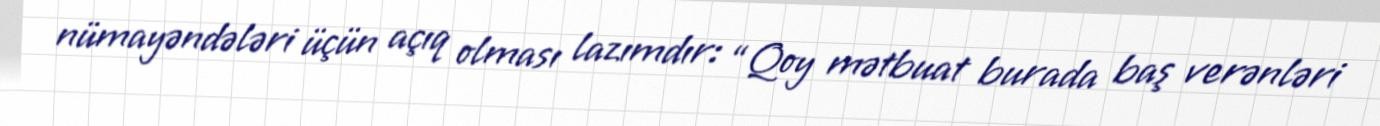
nümayəndələri üçün açıq olması lazımdır: “Qoy mətbuat burada baş verənləri